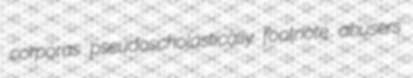
corporas pseudoscholastically footnote abusers